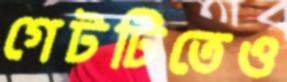
গেটটিতেও